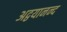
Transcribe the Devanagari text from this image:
अद्वयानन्द